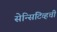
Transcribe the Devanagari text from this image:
सेन्सिटिव्हची